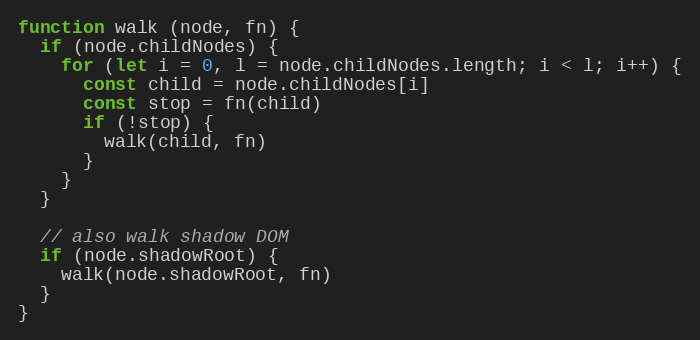
Language: JavaScript
function walk (node, fn) {
  if (node.childNodes) {
    for (let i = 0, l = node.childNodes.length; i < l; i++) {
      const child = node.childNodes[i]
      const stop = fn(child)
      if (!stop) {
        walk(child, fn)
      }
    }
  }

  // also walk shadow DOM
  if (node.shadowRoot) {
    walk(node.shadowRoot, fn)
  }
}